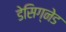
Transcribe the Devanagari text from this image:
डेसिग्नेड